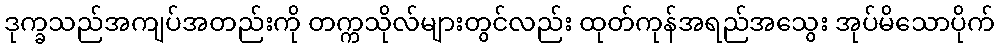
ဒုက္ခသည်အကျပ်အတည်းကို တက္ကသိုလ်များတွင်လည်း ထုတ်ကုန်အရည်အသွေး အုပ်မိသောပိုက်